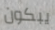
يبكون